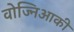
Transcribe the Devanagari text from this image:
वोज्निआकी